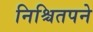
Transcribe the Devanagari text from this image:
निश्चितपने